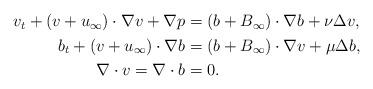
LaTeX: \begin{align*}\begin{aligned}v_t+(v+u_{\infty})\cdot \nabla v+\nabla p&=(b+B_{\infty})\cdot \nabla b+\nu \Delta v,\\b_t+(v+u_{\infty})\cdot \nabla b&=(b+B_{\infty})\cdot \nabla v+\mu \Delta b, \\\nabla \cdot v=\nabla \cdot b&=0.\end{aligned} \end{align*}